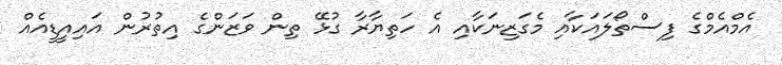
އެމްއެމްގެ ފިސްތޯލައަކާއި މެގަޒިނަކާއި އެ ހަތިޔާރާ ގުޅޭ ތިން ވަޒަންގެ އިތުރުން އައިއީޑީއެއް